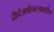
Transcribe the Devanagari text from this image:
दीर्घअर्थशास्त्रावरील